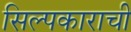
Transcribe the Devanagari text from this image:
सिल्पकाराची